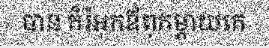
បាន ក៏រំអុកឪពុកម្តាយគេ